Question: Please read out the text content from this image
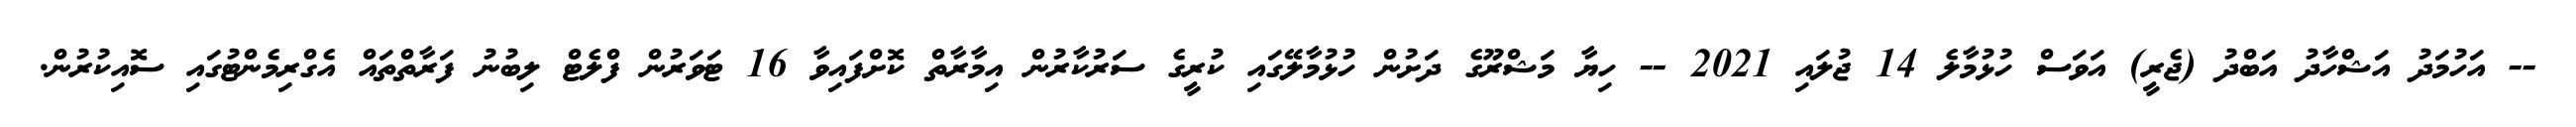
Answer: -- އަހުމަދު އަޝްހާދު އަބްދު (ޖެރީ) އަވަސް ހުޅުމާލެ 14 ޖުލައި 2021 -- ހިޔާ މަޝްރޫގެ ދަށުން ހުޅުމާލޭގައި ކުރީގެ ސަރުކާރުން އިމާރާތް ކޮށްފައިވާ 16 ޓަވަރުން ފްލެޓް ލިބުނު ފަރާތްތައް އެގްރިމެންޓުގައި ސޮއިކުރުން.